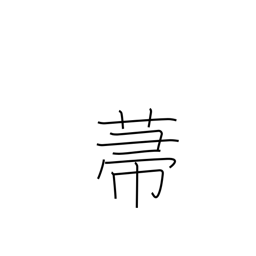
Meaning: broom